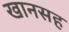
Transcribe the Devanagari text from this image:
खानसह